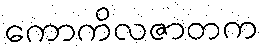
ကောကိလဇာတက